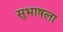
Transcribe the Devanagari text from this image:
सुभाषला